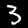
Label: 3